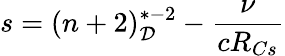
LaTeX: s=(n+2)_{\mathcal{D}}^{*-2}-\frac{{\nu}}{{cR_{Cs}}}